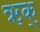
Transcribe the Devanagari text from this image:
ऋक्‌